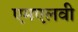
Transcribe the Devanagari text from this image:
एमएलवी